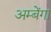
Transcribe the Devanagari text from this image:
अम्बेंगा